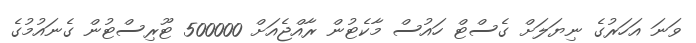
ވަނަ އަހަރުގެ ނިޔަލަށް ގެސްޓް ހައުސް މާކެޓުން ރާއްޖެއަށް 500000 ޓޫރިސްޓުން ގެނައުމުގެ